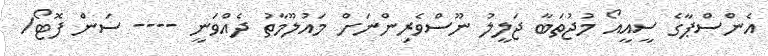
އެންސްޕާގެ ސީއީއޯ މުޖުތަބާ ޖަލީލު ނޫސްވެރިންނަށް މައުލޫމާތު ދެއްވަނީ ---- ސަން ފޮޓޯ/